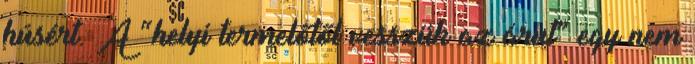
húsért. A “helyi termelőtől vesszük az árut” egy nem